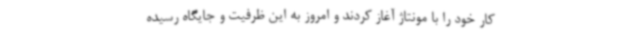
کار خود را با مونتاژ آغاز کردند و امروز به این ظرفیت و جایگاه رسیده